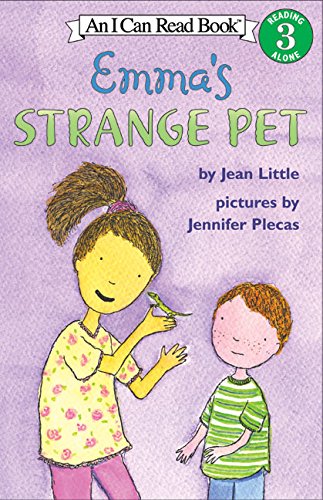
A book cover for Emma's Strange Pet (I Can Read Level 3); Jean Little; Children's Books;